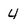
Character: 4